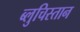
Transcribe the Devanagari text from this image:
ब्लुचिस्तान